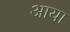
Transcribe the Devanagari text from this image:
अाया